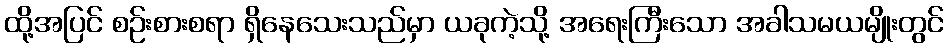
ထို့အပြင် စဉ်းစားစရာ ရှိနေသေးသည်မှာ ယခုကဲ့သို့ အရေးကြီးသော အခါသမယမျိုးတွင်